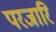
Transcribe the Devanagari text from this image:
परजारि